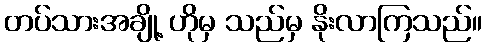
တပ်သားအချို့ ဟိုမှ သည်မှ နိုးလာကြသည်။